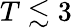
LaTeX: T\lesssim 3